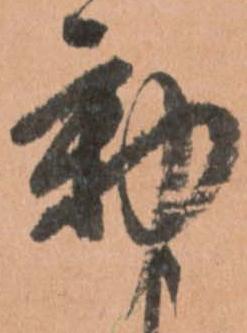
動